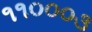
૧૧૦૦૦૩